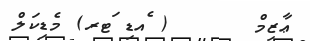
ޢާޒިމް      ( ެއޑި ަޓރ) މެޑިކަލް